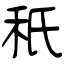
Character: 秖